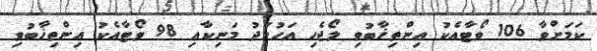
ކަމަށްވާ 106 ވޯޓާއެކު އިންތިޚާބުވި ލޯޖެހި އަހުމަދު މަނިކާއި 98 ވޯޓާއެކު އިންތިޚާބުވި